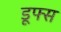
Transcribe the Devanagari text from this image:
डूफ्स